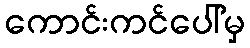
ကောင်းကင်ပေါ်မှ